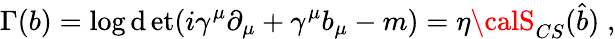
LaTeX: \Gamma(b)=\log\operatorname*{\mathrm{d}et}(i\gamma^{\mu}\partial_{\mu}+\gamma^{\mu}b_{\mu}-m)=\eta{\calS}_{CS}(\widehat{{b}})\; ,